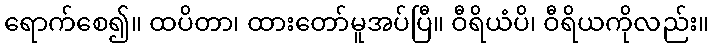
ရောက်စေ၍။ ထပိတာ၊ ထားတော်မူအပ်ပြီ။ ဝီရိယံပိ၊ ဝီရိယကိုလည်း။